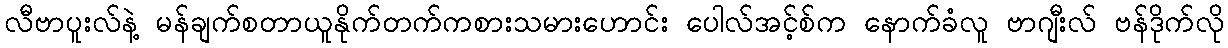
လီဗာပူးလ်နဲ့ မန်ချက်စတာယူနိုက်တက်ကစားသမားဟောင်း ပေါလ်အင့်စ်က နောက်ခံလူ ဗာဂျီးလ် ဗန်ဒိုက်လို